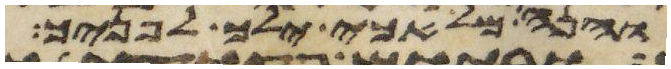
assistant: והנה מלאכי ילך לפניך